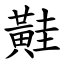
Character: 黊